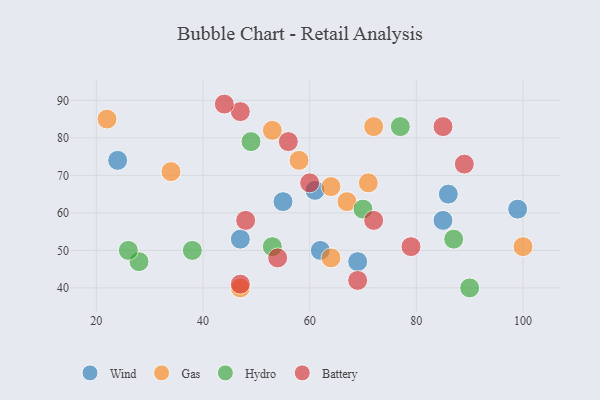
{"axis": {"x": "GDP", "y": "Life Expectancy"}, "legend": ["Battery", "Gas", "Hydro", "Wind"], "data": [{"x": "86", "y": 65, "type": "Wind"}, {"x": "85", "y": 58, "type": "Wind"}, {"x": "55", "y": 63, "type": "Wind"}, {"x": "69", "y": 47, "type": "Wind"}, {"x": "47", "y": 53, "type": "Wind"}, {"x": "61", "y": 66, "type": "Wind"}, {"x": "24", "y": 74, "type": "Wind"}, {"x": "62", "y": 50, "type": "Wind"}, {"x": "99", "y": 61, "type": "Wind"}, {"x": "58", "y": 74, "type": "Gas"}, {"x": "67", "y": 63, "type": "Gas"}, {"x": "34", "y": 71, "type": "Gas"}, {"x": "72", "y": 83, "type": "Gas"}, {"x": "22", "y": 85, "type": "Gas"}, {"x": "53", "y": 82, "type": "Gas"}, {"x": "71", "y": 68, "type": "Gas"}, {"x": "47", "y": 40, "type": "Gas"}, {"x": "64", "y": 67, "type": "Gas"}, {"x": "64", "y": 48, "type": "Gas"}, {"x": "100", "y": 51, "type": "Gas"}, {"x": "38", "y": 50, "type": "Hydro"}, {"x": "70", "y": 61, "type": "Hydro"}, {"x": "77", "y": 83, "type": "Hydro"}, {"x": "90", "y": 40, "type": "Hydro"}, {"x": "87", "y": 53, "type": "Hydro"}, {"x": "53", "y": 51, "type": "Hydro"}, {"x": "28", "y": 47, "type": "Hydro"}, {"x": "26", "y": 50, "type": "Hydro"}, {"x": "49", "y": 79, "type": "Hydro"}, {"x": "60", "y": 68, "type": "Battery"}, {"x": "56", "y": 79, "type": "Battery"}, {"x": "47", "y": 41, "type": "Battery"}, {"x": "72", "y": 58, "type": "Battery"}, {"x": "89", "y": 73, "type": "Battery"}, {"x": "69", "y": 42, "type": "Battery"}, {"x": "54", "y": 48, "type": "Battery"}, {"x": "47", "y": 87, "type": "Battery"}, {"x": "79", "y": 51, "type": "Battery"}, {"x": "48", "y": 58, "type": "Battery"}, {"x": "85", "y": 83, "type": "Battery"}, {"x": "44", "y": 89, "type": "Battery"}]}